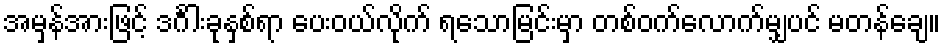
အမှန်အားဖြင့် ဒင်္ဂါးခုနှစ်ရာ ပေးဝယ်လိုက် ရသောမြင်းမှာ တစ်ဝက်လောက်မျှပင် မတန်ချေ။